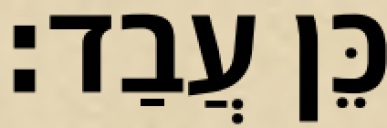
כֵּן עֲבַד׃